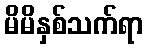
မိမိနှစ်သက်ရာ